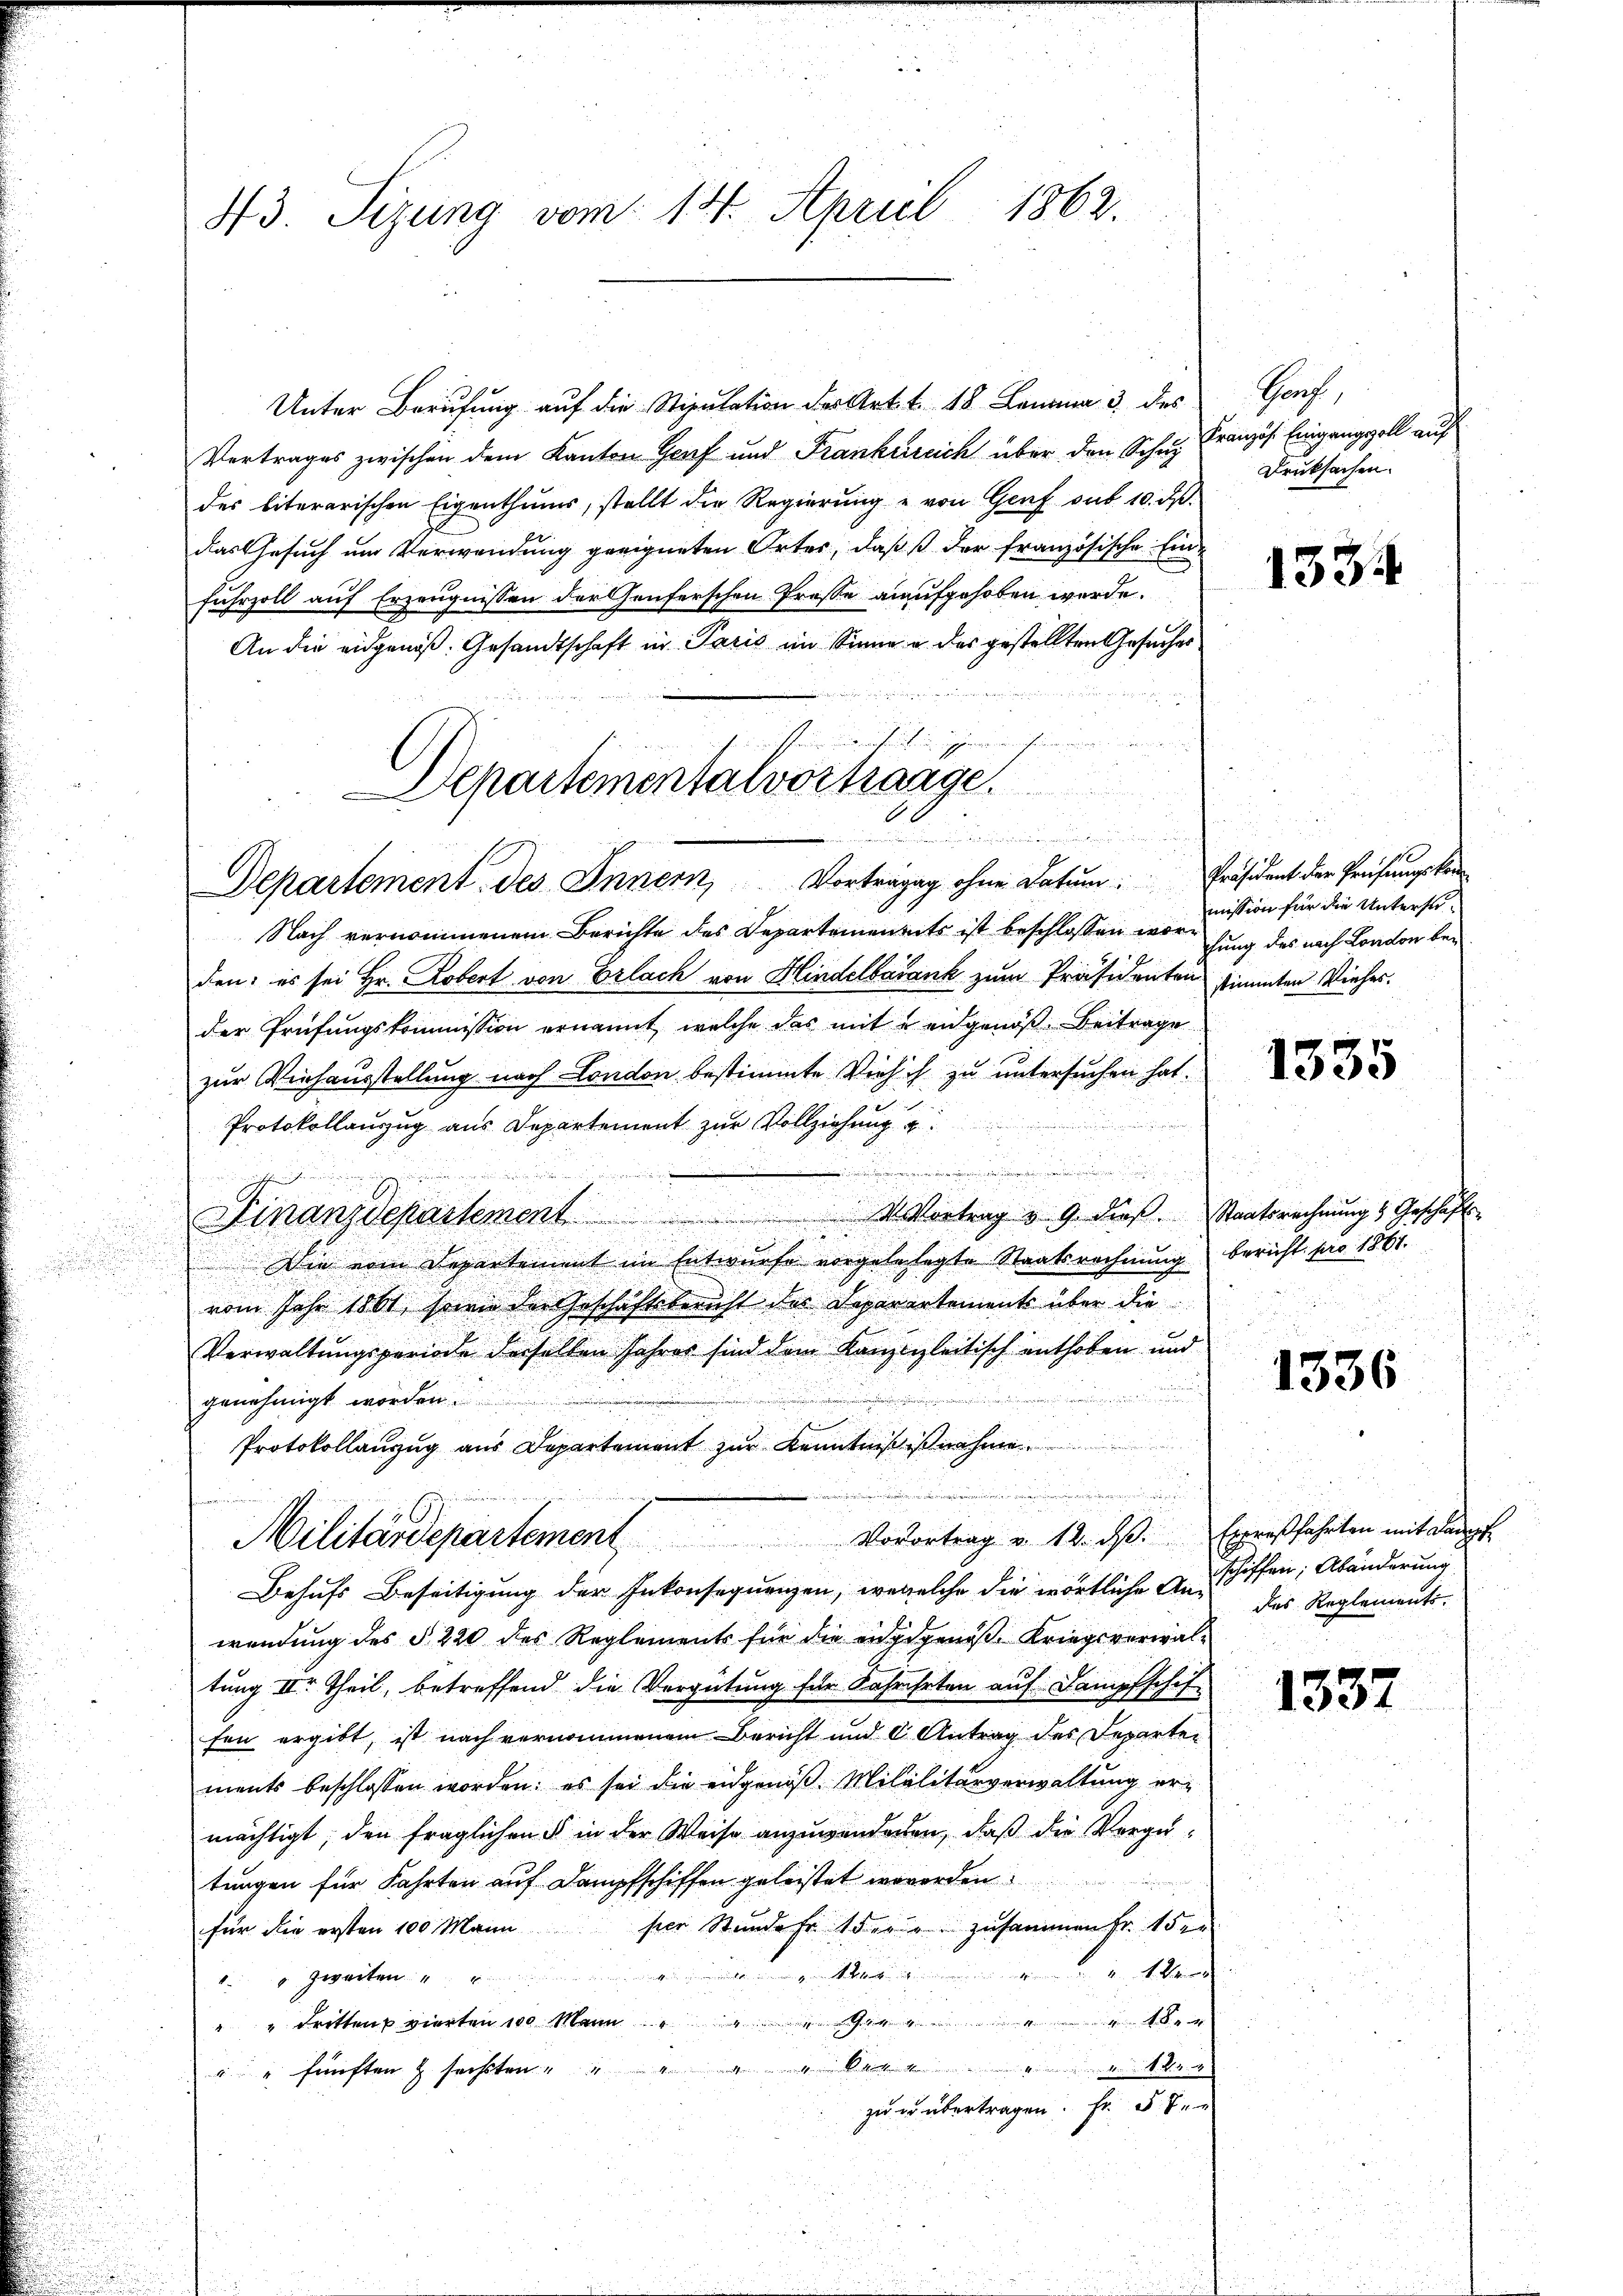
d

43. Sizung vom 14. April 1862.

Unter Berufung auf die Stipulation des Art. 18. Langna 3 des
Vertrages zwischen dem Kanton Genf und Frankreich über den Schul
des literarischen Eigenthums, stellt die Regierung u von Genf sub 10. ds.
das Gesuch um Verwendung geeigneten Ortes, daß der französische Einfuhrzoll auf Erzeugnissen der Genferschen Presse aufgehoben werde.
An die eidgenoß. Gesandtschaft in Paris im Sinne u. des gestellten Gesuches

Departementalvortrange
60. Denunter au
Departement des Innern, Vorträgag ohne Datum: Präsident der Prüfungskom

Nach vernommenem Berichte des Departemenguts ist beschlossen wordung des nach London beden: es sei Hr. Robert von Erlach von Hindelbadank zum Präsidenten stimmten Vieher.
der Prüfungskommission ernannt, welche das mit eidgenoß Beitrage
zur Viehausstellung nach London bestimmte Versich zu untersuchen hat.
e
.
Protokollauszug aus Departement zur Vollziehung a
.
deiner
Finanzdepartement M. Vortrag v. 9. dieß. Staatsrechnung & Geschäft
Die vom Departement im Entwurfe vorgelesagte Staatsrechnung bericht pro 1861.
vom Jahr 1861, seinen der Geschäftsbericht des Deparirtements über die
Verwaltungsperiode derselben Jahrer sind dem Kanzleitisch enthoben und
genehmigt worden.
Protokollanzug aus Departement zur Kenntniß ist nahme.

Militärdepartement Vorortrag v. 12. ds. Ebensfahrten mit langt
Behufs Beseitigung der Inkonsequenzen, wewelche die wörtliche Anschiffen, Abänderung
wendung des § 220 des Reglements für die eidgenoß, Kriegsverwaltung III. Theil, betreffend die Vergütung für Jahrehrten auf Dampfschif
fen ergibt, ist nach vernommenem Bericht und 6 Antrag des Departen
ments beschlossen worden; es sei die eidgenöß Mililitärverwaltung er-
mächtigt, den fraglichen § in der Weise anzuwendenten, daß die Vergütungen für Fahrten auf Dampfschiffen geleistet werden.
für die ersten 100 Mann per Stunder der zusammen Fr. 15 er
1 Wir
geden seit der in ein
. Zweiten "
i
" " dritten vierten 100 Mann 16.
" fünften & sechsten " " " " " der " " 1 Xr
zu er übertragen. Fr. 5 de

nichten

Sach
Französ. Eingang soll auf
Druksachen.

1334

mission für die Untersu¬

1335

1336

des Reglements.

1332